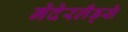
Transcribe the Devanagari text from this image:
नेदेरलँड्से